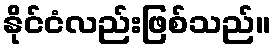
နိုင်ငံလည်းဖြစ်သည်။